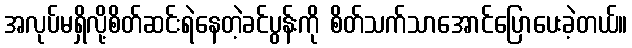
အလုပ်မရှိလို့စိတ်ဆင်းရဲနေတဲ့ခင်ပွန်းကို စိတ်သက်သာအောင်ပြောပေးခဲ့တယ်။